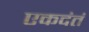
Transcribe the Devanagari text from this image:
एकदंतं